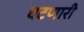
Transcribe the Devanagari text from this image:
घटणारी